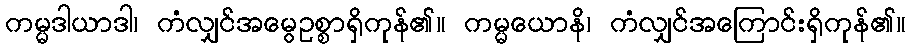
ကမ္မဒါယာဒါ၊ ကံလျှင်အမွေဥစ္စာရှိကုန်၏။ ကမ္မယောနိ၊ ကံလျှင်အကြောင်းရှိကုန်၏။